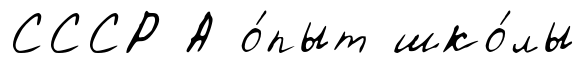
СССР А о́пыт шко́лы